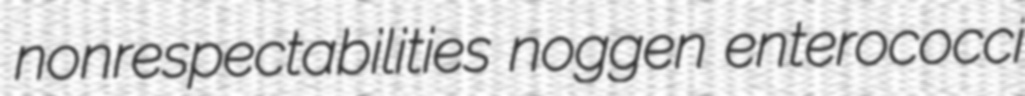
nonrespectabilities noggen enterococci